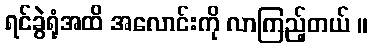
ရင်ခွဲရုံအထိ အလောင်းကို လာကြည့်တယ် ။